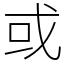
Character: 或